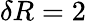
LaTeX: \delta R=2